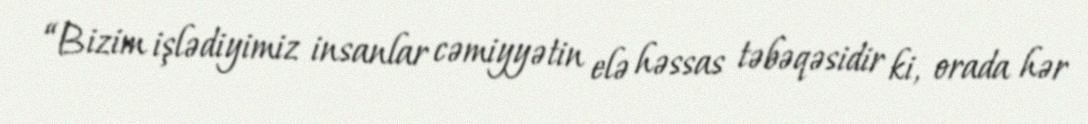
“Bizim işlədiyimiz insanlar cəmiyyətin elə həssas təbəqəsidir ki, orada hər